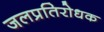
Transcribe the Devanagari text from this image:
जलप्रतिरोधक